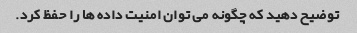
توضیح دهید که چگونه می توان امنیت داده ها را حفظ کرد.